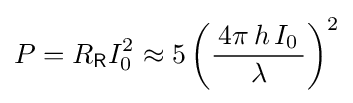
P=R_{\mathsf {R}}I_{0}^{2}\approx 5\left({\frac {\,4\pi \,h\,I_{0}\,}{\lambda }}\right)^{2}